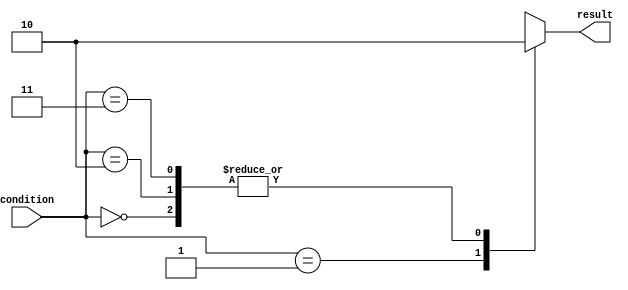
module unique_case_statement (
    input [1:0] condition,
    output reg result
);

always @*
begin
    case (condition)
        2'b00: result = 1'b0;
        2'b01: result = 1'b1;
        2'b10: result = 1'b0;
        2'b11: result = 1'b0;
    endcase
end

endmodule